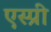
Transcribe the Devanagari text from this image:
एस्प्री